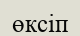
өксіп